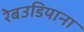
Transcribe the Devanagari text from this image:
रेबउडियाना